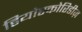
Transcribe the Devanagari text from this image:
डियोस्कोरिडीज़